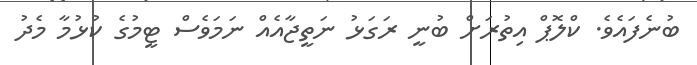
ބުނެފައެވެ. ކްލޮޕް އިތުރަށް ބުނީ ރަގަޅު ނަތީޖާއެއް ނަަމަވެސް ޓީމުގެ ކުޅުމާ މެދު